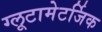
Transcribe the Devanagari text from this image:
ग्लूटामेटर्जिक